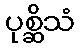
ပုစ္ဆိသံ